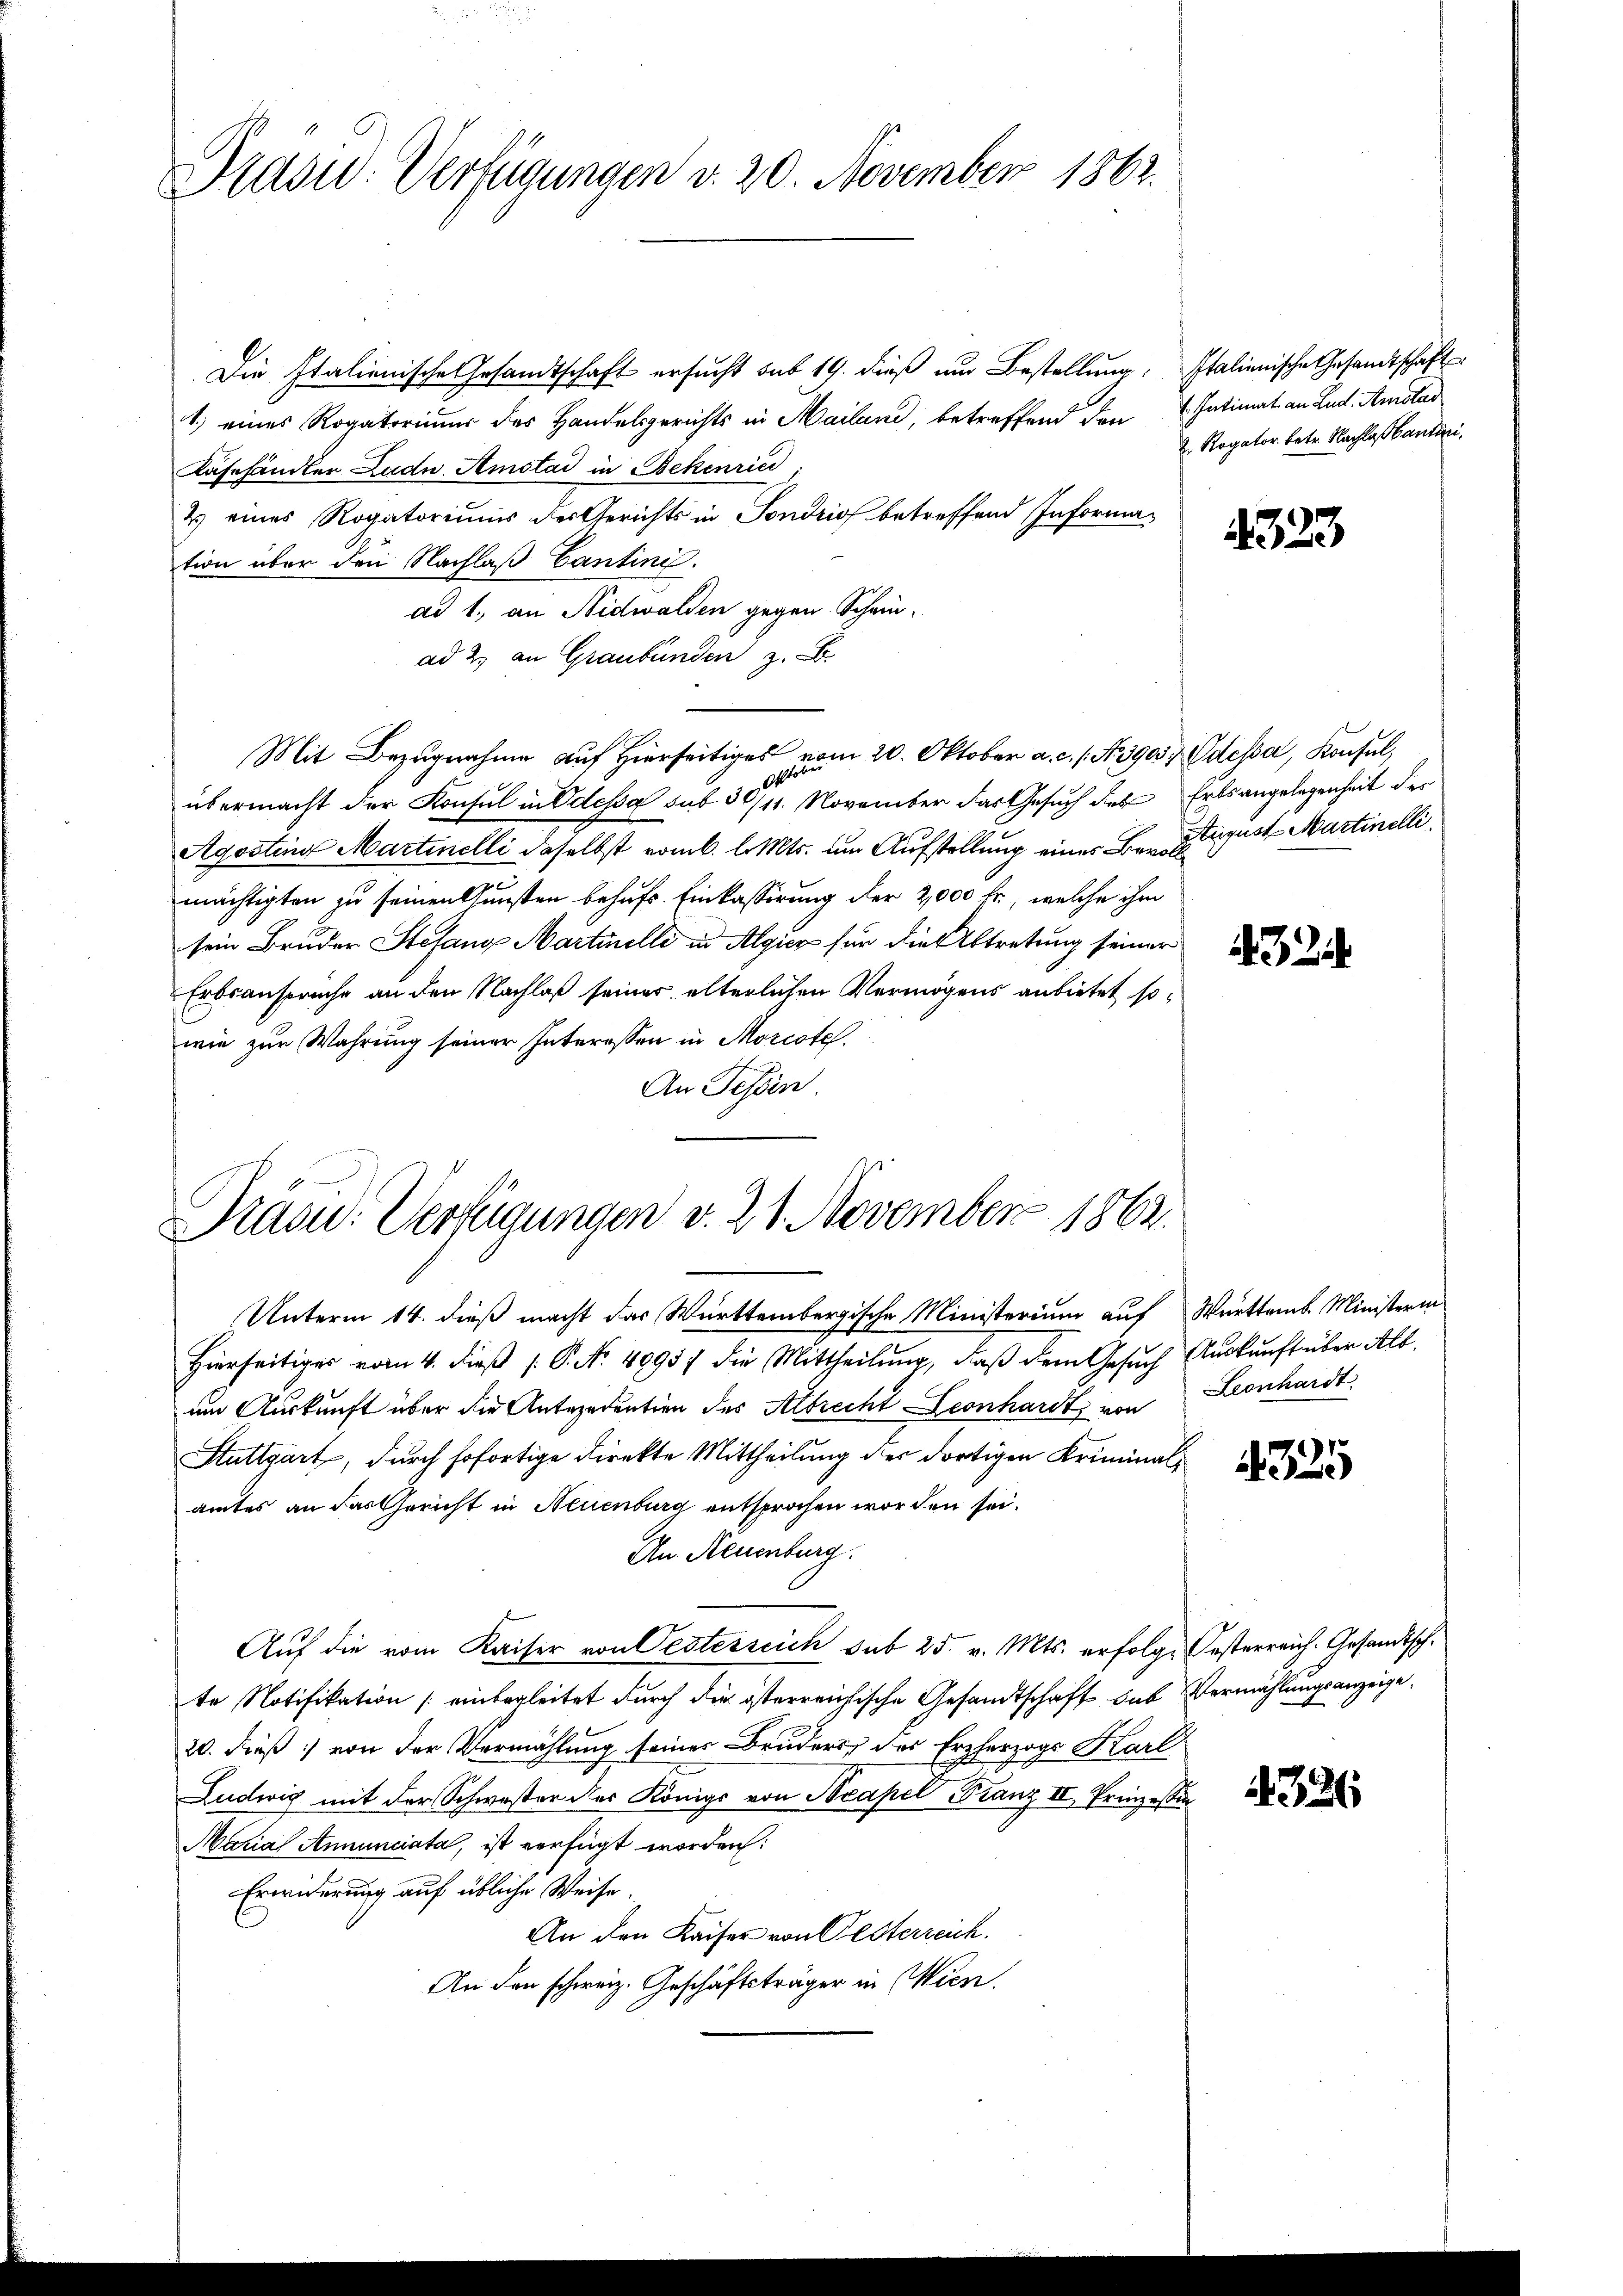
Präsid. Verfügungen d. 20. November 1862.

Die Italienische Gesandtschaft ersucht sub 19. dieß um Bestellung, Italienische Gesandtschaft
1.) eines Rogatorimer des Handelsgerichts in Mailand, betreffend den Intimat an Lud. Amstad
Kasehändler Ludu. Amstad in Bekenried
& eines Rogatoriums der Gerichts in Fondrios betreffend Informa-
tion über den Nachlaß Cantini.
ad 1., an Nidwalden gegen Schein-
ad 2. an Graubünden z. B.
Mit Bezugnahme auf Hierseitiges vom 20. Oktober a. c. s. No. 3903, Odessa, Konsul,
110 x
8
übermacht der Konsul in Odessa sub 30/11. November das Gesuch des Erbsangelegenheit des
Agostina Martinelli daselbst vom 6. l. Mts. um Aufstellung eines Beratet Martinellimächtigten zu seinen Gunsten behufs Einkassirung der 2,000 fr., welche ihm
sein Bruder Stefang Martinelli in Algur für die Abtretung seiner
Erbsanspruche an den Nachlaß seiner elterlichen Vermögens anbietet sowie zur Wahrung seiner Interessen in Morcote.
An Tessin.

Präsid. Verfügungen v. 21. November 1862.
Unterm 14. dieß macht das Württembergische Ministerium auf Württemb. Ministerin

Hierseitiger vom 4. dieß P. No. 40957 die Mittheilung, daß dem Gesuch Auskunft über Alb.
um Auskunft über die Antredention des Albrecht Leonhardts von Leonhardt
Stuttgart, durch sofortige Direkte Mittheilung des dortigen Kriminalamtes an das Gericht in Neuenburg entsprochen worden sei.
An Neuenburg.
Auf die vom Kaiser von Oesterreich sub 25. v. Mts. erfolge Oesterreich. Gesandtschte Notifikation (einbegleitet durch die österreichische Gesandtschaft das Vermählungsanzeige¬
20. dieß) von der Vermählung seines Bruders des Erzherzogs Karl
Ludwig mit der Schwester des Königs von Neapel Franz II, Prinzessin
Maria Annunciata, ist verfügt worden:
Erwiderung auf übliche Weise.
An den Kaiser von Oesterreich.
An den schweiz. Geschäftsträger in Wien.

2. Rogator betr. Nachlaßantini.

4323

32

225

326